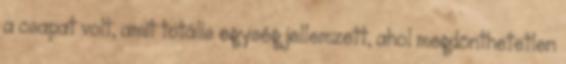
a csapat volt, amit totális egység jellemzett, ahol megdönthetetlen